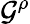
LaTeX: \mathcal{G}^{\rho}